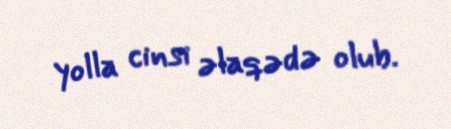
yolla cinsi əlaqədə olub.